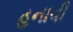
હનાવી